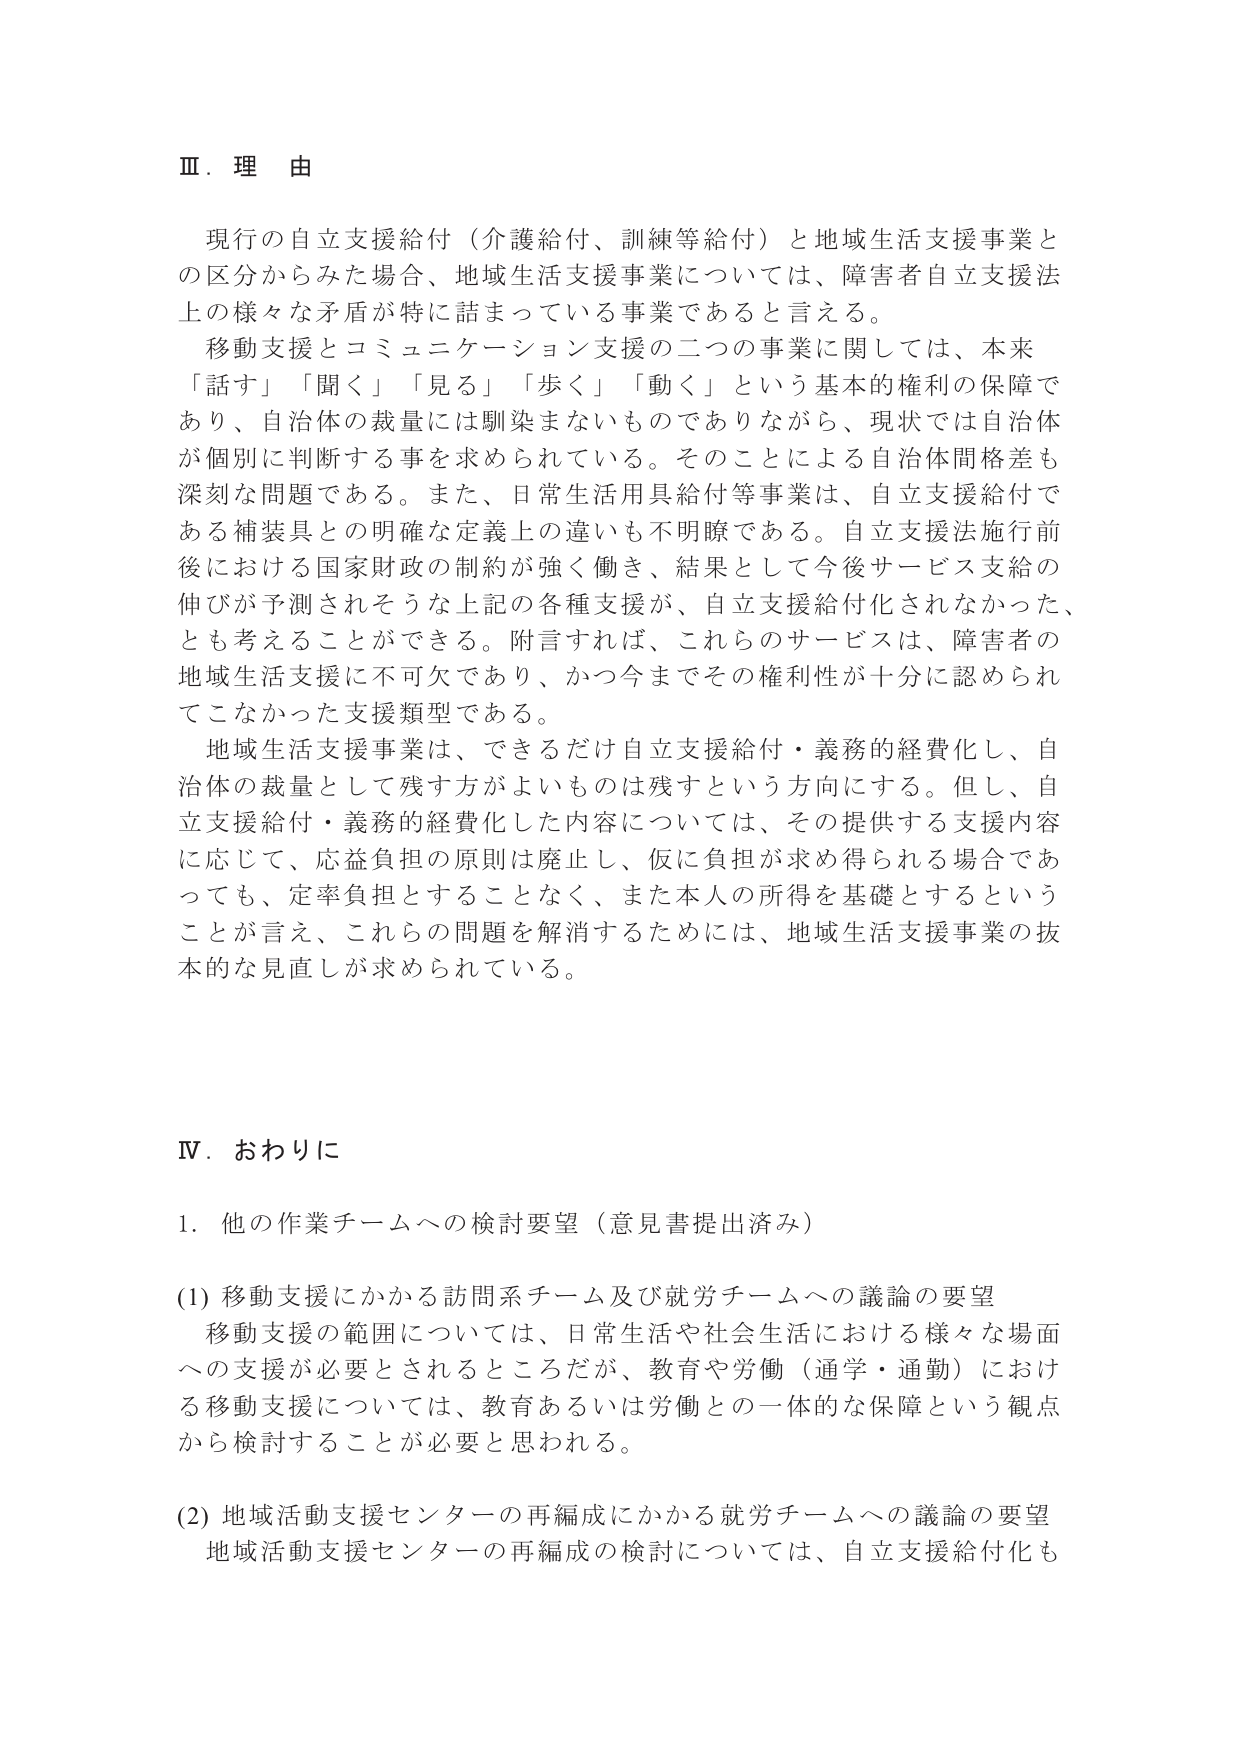
Ⅲ．理 由

現行の自立支援給付（介護給付、訓練等給付）と地域生活支援事業との区分からみた場合、地域生活支援事業については、障害者自立支援法上の様々な矛盾が特に詰まっている事業であると言える。

移動支援とコミュニケーション支援の二つの事業に関しては、本来「話す」「聞く」「見る」「歩く」「動く」という基本的権利の保障であり、自治体の裁量には馴染まないものでありながら、現状では自治体が個別に判断する事を求められている。そのことによる自治体間格差も深刻な問題である。また、日常生活用具給付等事業は、自立支援給付である補装具との明確な定義上の違いも不明瞭である。自立支援法施行前後における国家財政の制約が強く働き、結果として今後サービス支給の伸びが予測されそうな上記の各種支援が、自立支援給付化されなかった、とも考えることができる。附言すれば、これらのサービスは、障害者の地域生活支援に不可欠であり、かつ今までその権利性が十分に認められてこなかった支援類型である。

地域生活支援事業は、できるだけ自立支援給付・義務的経費化し、自治体の裁量として残す方がよいものは残すという方向にする。但し、自立支援給付・義務的経費化した内容については、その提供する支援内容に応じて、応益負担の原則は廃止し、仮に負担が求め得られる場合であっても、定率負担とすることなく、また本人の所得を基礎とするということが言え、これらの問題を解消するためには、地域生活支援事業の抜本的な見直しが求められている。

Ⅳ．おわりに

1．他の作業チームへの検討要望（意見書提出済み）

(1) 移動支援にかかる訪問系チーム及び就労チームへの議論の要望
移動支援の範囲については、日常生活や社会生活における様々な場面への支援が必要とされるところだが、教育や労働（通学・通勤）における移動支援については、教育あるいは労働との一体的な保障という観点から検討することが必要と思われる。

(2) 地域活動支援センターの再編成にかかる就労チームへの議論の要望
地域活動支援センターの再編成の検討については、自立支援給付化も